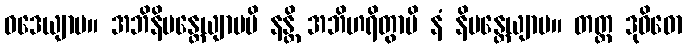
ဝဒေယျာမ။ အဘိနိမန္တေယျာမပိ နန္တိ အဘိဟရိတွာပိ နံ နိမန္တေယျာမ။ တတ္ထ ဒုဝိဓော